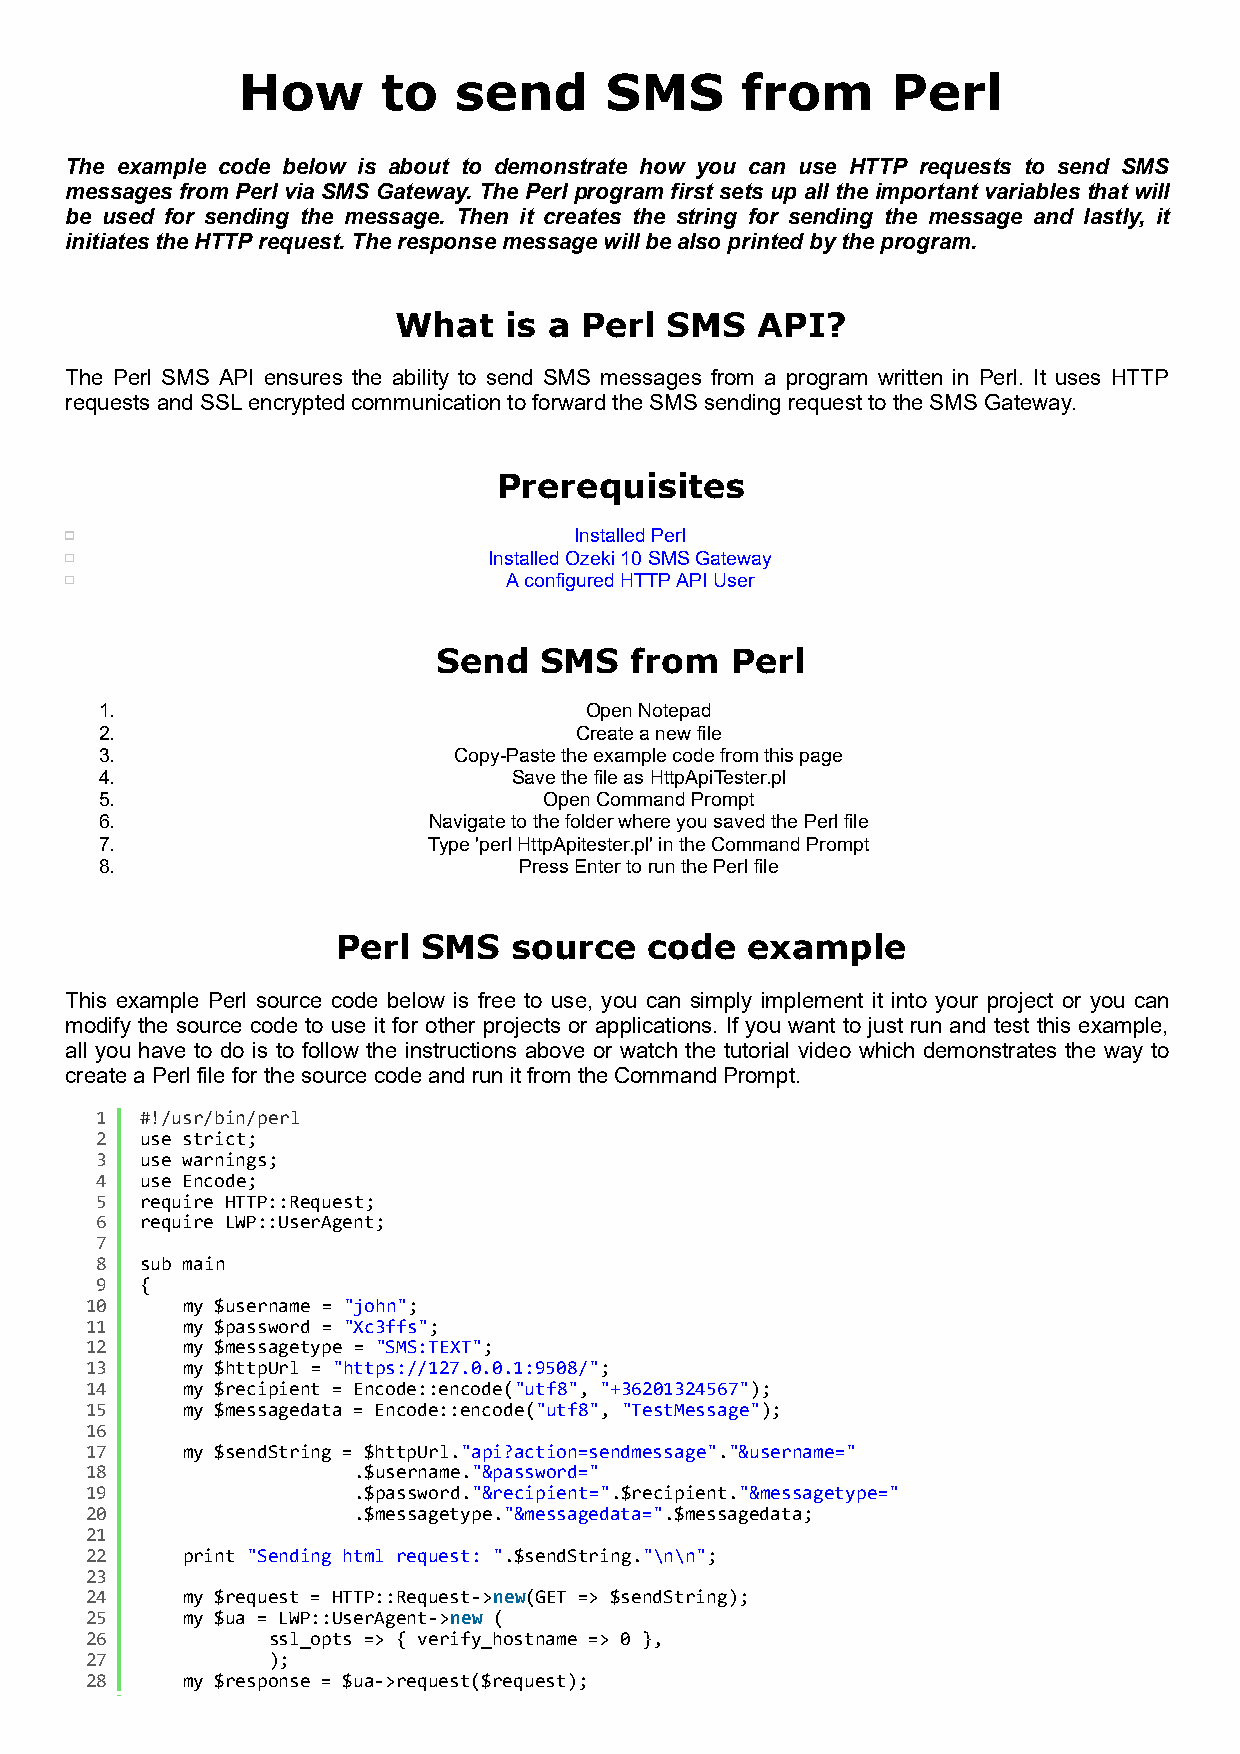
How      to   send      SMS      from      Perl
 The example code below is about to demonstrate how you can use HTTP requests to send SMS
 messages from Perl via SMS Gateway. The Perl program first sets up all the important variables that will
 be used for sending the message. Then it creates the string for sending the message and lastly, it
 initiates the HTTP request. The response message will be also printed by the program.
 What   is a Perl  SMS   API?
 The Perl SMS API ensures the ability to send SMS messages from a program written in Perl. It uses HTTP
 requests and SSL encrypted communication to forward the SMS sending request to the SMS Gateway.
 Prerequisites
 Installed Perl
 Installed Ozeki 10 SMS Gateway
 A configured HTTP API User
 Send   SMS   from  Perl
 1.                              Open Notepad
 2.                             Create a new file
 3.                     Copy-Paste the example code from this page
 4.                         Save the file as HttpApiTester.pl
 5.                           Open Command Prompt
 6.                   Navigate to the folder where you saved the Perl file
 7.                   Type 'perl HttpApitester.pl' in the Command Prompt
 8.                         Press Enter to run the Perl file
 Perl  SMS   source   code  example
 This example Perl source code below is free to use, you can simply implement it into your project or you can
 modify the source code to use it for other projects or applications. If you want to just run and test this example,
 all you have to do is to follow the instructions above or watch the tutorial video which demonstrates the way to
 create a Perl file for the source code and run it from the Command Prompt.
 1  #!/usr/bin/perl
 2  use strict;
 3  use warnings;
 4  use Encode;
 5  require HTTP::Request;
 6  require LWP::UserAgent;
 7
 8  sub main
 9  {
 10    my $username = "john";
 11    my $password = "Xc3ffs";
 12    my $messagetype = "SMS:TEXT";
 13    my $httpUrl = "https://127.0.0.1:9508/";
 14    my $recipient = Encode::encode("utf8", "+36201324567");
 15    my $messagedata = Encode::encode("utf8", "TestMessage");
 16
 17    my $sendString = $httpUrl."api?action=sendmessage"."&username="
 18               .$username."&password="
 19               .$password."&recipient=".$recipient."&messagetype="
 20               .$messagetype."&messagedata=".$messagedata;
 21
 22    print "Sending html request: ".$sendString."\n\n";
 23
 24    my $request = HTTP::Request->new(GET => $sendString);
 25    my $ua = LWP::UserAgent->new (
 26          ssl_opts => { verify_hostname => 0 },
 27          );
 28    my $response = $ua->request($request);